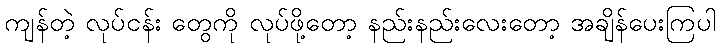
ကျန်တဲ့ လုပ်ငန်း တွေကို လုပ်ဖို့တော့ နည်းနည်းလေးတော့ အချိန်ပေးကြပါ